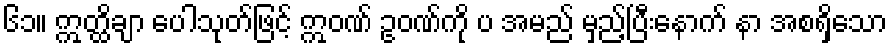
၆၁။ ဣတ္ထိချာ ပေါသုတ်ဖြင့် ဣဝဏ် ဥဝဏ်ကို ပ အမည် မှည့်ပြီးနောက် နာ အစရှိသော